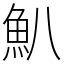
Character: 𩵒